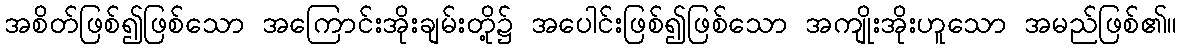
အစိတ်ဖြစ်၍ဖြစ်သော အကြောင်းအိုးချမ်းတို့၌ အပေါင်းဖြစ်၍ဖြစ်သော အကျိုးအိုးဟူသော အမည်ဖြစ်၏။